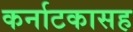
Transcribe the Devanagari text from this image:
कर्नाटकासह